Indian journal of veterinary science and animal husbandry - Volumes 24-25, 1954-1955
Year: 1954
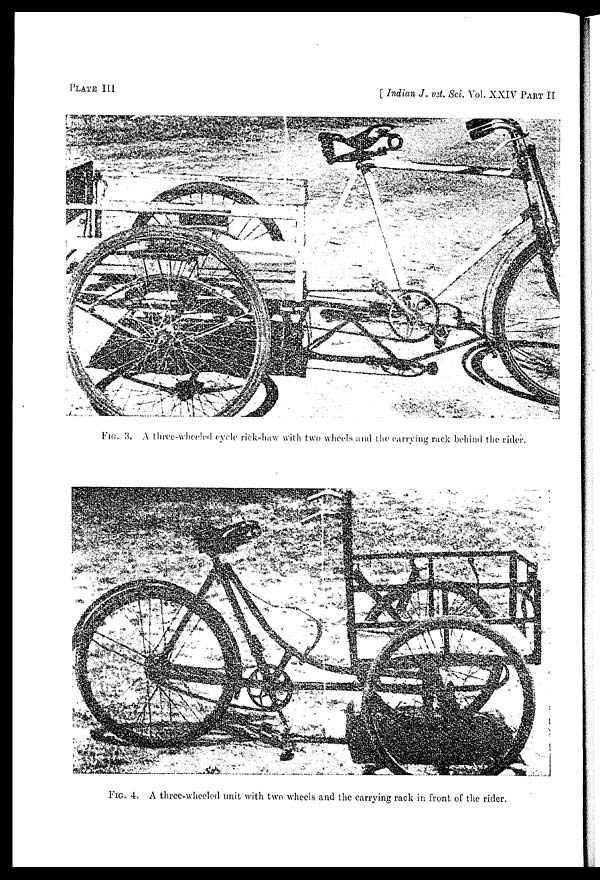
PLATE III
[Indian J. vet. Sci. Vol. XXIV PART II
FIG. 3. A three-wheeled cycle rickshaw with two wheels and the carrying rack behind the rider.
FIG. 4. A three-wheeled unit with two wheels and the carrying rack in front of the rider.